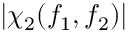
\left| \chi _ { 2 } ( f _ { 1 } , f _ { 2 } ) \right|